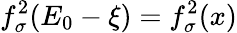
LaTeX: f_{\sigma}^{2}(E_{0}-\xi)=f_{\sigma}^{2}(x)